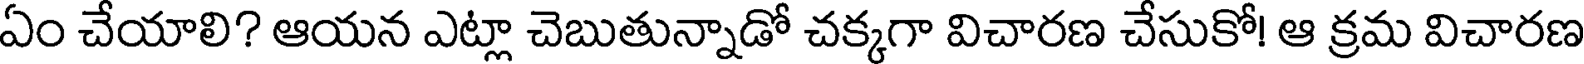
ఏం చేయాలి? ఆయన ఎట్లా చెబుతున్నాడో చక్కగా విచారణ చేసుకో! ఆ క్రమ విచారణ